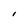
Character: I